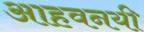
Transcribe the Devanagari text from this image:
आहवनयी